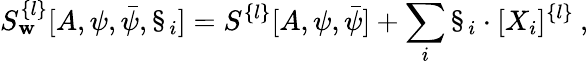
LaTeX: S_{\mathbf{w}}^{\{ l\} }[A,\psi,\bar{{\psi}},\S_{i}]=S^{\{ l\} }[A,\psi,\bar{{\psi}}]+\sum_{i}\S_{i}\cdot[X_{i}]^{\{ l\} }\: ,